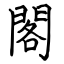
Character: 閣